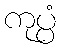
ကုပ္ပံ